Laimjala_vallavalitsus, lk 16
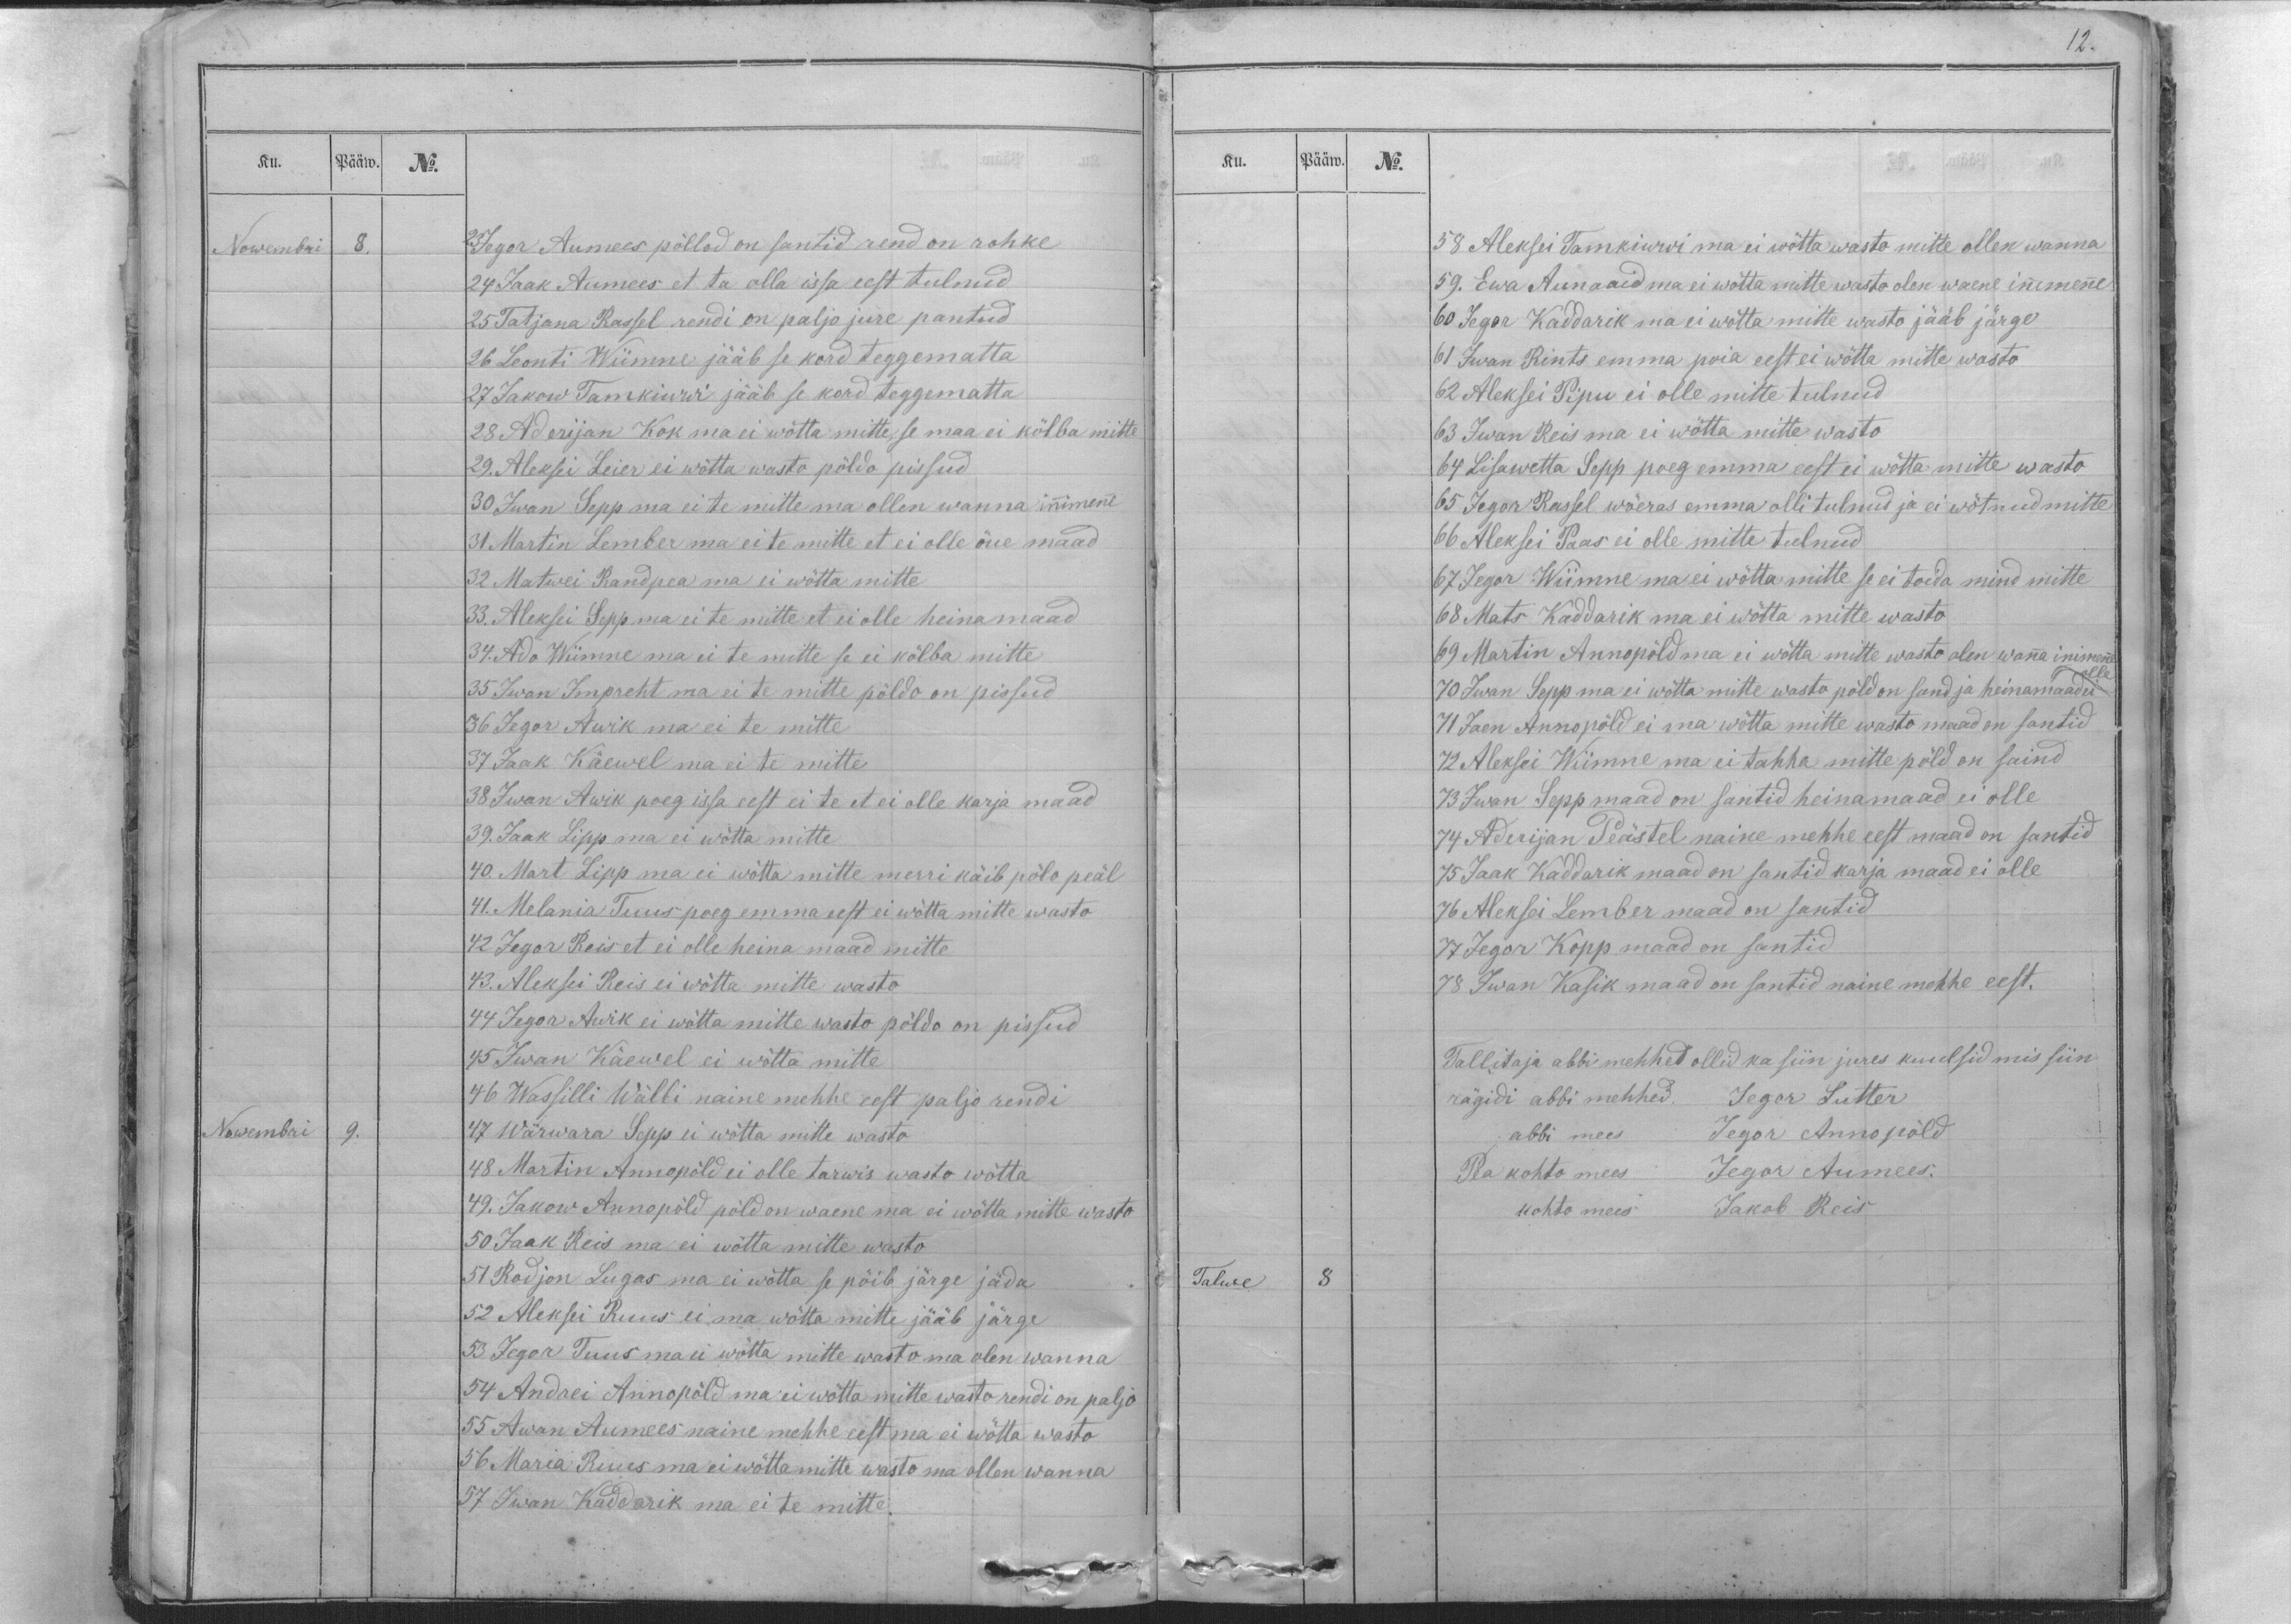
Ku.
Pääw.
No.
Nowembri
8.
23 Jegor Aumees põllod on santid rend on rohke
24 Jaak Aumees et ta olla issa eest tulnud
25 Tatjana Rassel rendi on paljo jure pantud
26 Leonti Wiimne jääb se kord teggematta
27 Jakow Tamkiwwi jääb se kord teggematta
28 Aderijan Kok ma ei wõtta mitte, se maa ei kõlba mitte
29. Aleksei Leier ei wõtta wasto põldo pissud
30 Iwan Sepp ma ei te mitte ma ollen wanna innimenne
31 Martin Lember ma ei te mitte et ei olle õue maad
32 Matwei Randpea ma ei wõtta mitte
33. Aleksei Sepp ma ei te mitte et ei olle heinamaad
34. Ado Wiimne ma ei te mitte se ei kölba mitte
35 Iwan Impreht ma ei te mitte pöldo on pissud
36 Jegor Awik ma ei te mitte
37 Jaak Käewel ma ei te mitte
38 Iwan Awik poeg issa eest ei te et ei olle karja maad
39. Jaak Lipp ma ei wötta mitte
40. Mart Lipp ma ei wötta mitte merri käib pölo peäl
41. Melania Tuus poeg emma eest ei wötta mitte wasto
42 Jegor Reis et ei olle heina maad mitte
43. Aleksei Reis ei wötta mitte wasto
44 Jegor Awik ei wötta mitte wasto pöldo on pissud
45 Iwan Käewel ei wötta mitte
46 Wassilli Wälli naine mehhe eest paljo rendi
Nowembri
9.
47 Wärwara Sepp ei wötta mitte wasto
48 Martin Annopõld ei olle tarwis wasto wötta
49. Jakow Annopõld põld on waene ma ei wötta mitte wasto
50 Jaak Reis ma ei wötta mitte wasto
51 Rodjon Lugas ma ei wötta se pöib järge jäda
52 Aleksei Ruus ei ma wötta mitte jääb järge
53 Jegor Tuus ma ei wõtta mitte wasto ma olen wanna
54 Andrei Annopöld ma ei wõtta mitte wasto rendi on paljo
55 Awan Aumees naine mehhe eest ma ei wötta wasto
56 Maria Ruus ma ei wötta mitte wasto ma ollen wanna
57 Iwan Kaddarik ma ei te mitte.

12.
Ku.
Pääw.
No.
58 Aleksei Tamkiwwi ma ei wötta wasto mitte ollen wanna
59. Ewa Aunaaid ma ei wõtta mitte wasto olen waene innimenne
60 Jegor Kaddarik ma ei wötta mitte wasto jääb järge
61 Iwan Rints emma poia eest ei wötta mitte wasto
62 Aleksei Pipu ei olle mitte tulnud
63 Iwan Reis ma ei wötta mitte wasto
64 Lisawetta Sepp poeg emma eest ei wötta mitte wasto
65 Jegor Rassel wõeras emma olli tulnud ja ei wötnud mitte
66 Aleksei Paas ei olle mitte tulnud
67 Jegor Wiimne ma ei wötta mitte se ei toida mind mitte
68 Mats Kaddarik ma ei wötta mitte wasto
69 Martin Annopõld ma ei wötta mitte wasto olen wanna inimenne
olle
70 Iwan Sepp ma ei wötta mitte wasto põld on sand ja heinamaad ei
71 Jaen Annopöld ei ma wötta mitte wasto maad on santid
72 Aleksei Wiimne ma ei tahha mitte pöld on saind
73 Iwan Sepp maad on santid heinamaad ei olle
74 Aderijan Peästel naine mehhe eest maad on santid
75 Jaak Kaddarik maad on santid karja maad ei olle
76 Aleksei Lember maad on santid
77 Jegor Kopp maad on santid
78 Iwan Kasik maad on santid naine mehhe eest.
Tallitaja abbi mehhed ollid ka siin jures kuulsid mis siin
rägidi abbi mehhed. Jegor Lutter
abbi mees Jegor Annopöld
Pea kohto mees Jegor Aumees.
kohto mees Jakob Reis
Talwe
8